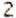
2